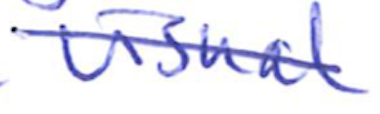
Text: visual
Cross-out: diagonal
Writing tool: ballpoint